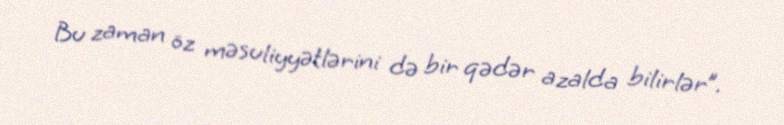
Bu zaman öz məsuliyyətlərini də bir qədər azalda bilirlər”.